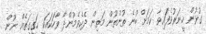
ގުޅުން ހީނަރުވެފައިވާ ކަމަށް ބުނެ ތުންތުން މަތިން ދެކެވެމުންދާ ވާހަކައަކީ ހަގީގަތެއް ނޫން